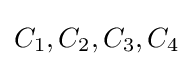
C_{1},C_{2},C_{3},C_{4}